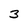
Character: 3